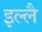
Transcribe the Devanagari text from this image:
इल्लै